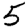
Digit: 5